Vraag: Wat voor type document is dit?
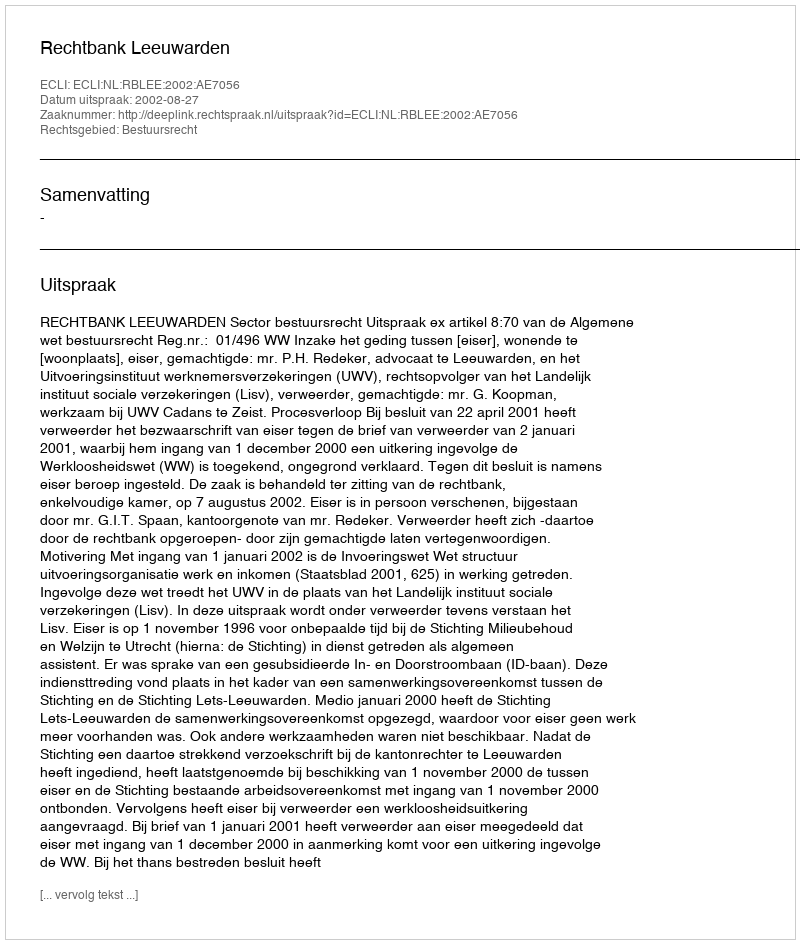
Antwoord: Uitspraak